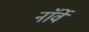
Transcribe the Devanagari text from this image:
नाॅर्वे